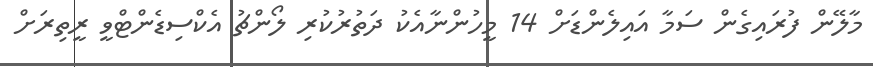
މާލޭން ފުރައިގެން ސަމާ އައިލެންޑަށް 14 މީހުންނާއެކު ދަތުރުކުރި ލޯންޗު އެކްސިޑެންޓްވީ ރީތިރަށް